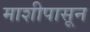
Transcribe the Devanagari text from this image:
माशीपासून